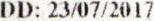
DD: 23/07/2017